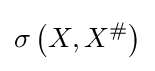
\sigma \left(X,X^{\#}\right)